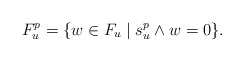
\begin{align*}F_u^p = \{ w \in F_u\mid s^p_u\wedge w = 0 \}.\end{align*}